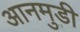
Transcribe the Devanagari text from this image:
आनमुडी